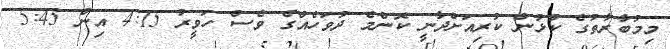
މިމުބާރާތުގެ ކުޅުން ކުރިއަށްދާނީ ކޮންމެ ދުވަހެއްގެ ވެސް ހަވީރު 4:15 އިން 5:45